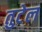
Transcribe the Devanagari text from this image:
तुटेल